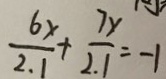
\frac { 6 x } { 2 . 1 } + \frac { 7 x } { 2 . 1 } = - 1